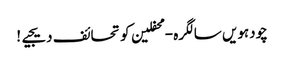
چودہویں سالگرہ - محفلین کو تحائف دیجیے!